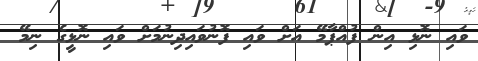
ވައި ނޮޅި އިން ފުއްޕާމޭ އަށް ވައި ފޮނުވައިދިނުމަށް ވައި ނޮޅީގެ ނިމޭ